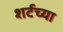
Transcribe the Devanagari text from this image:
शर्टच्या